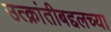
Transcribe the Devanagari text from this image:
उत्क्रांतीबद्दलच्या